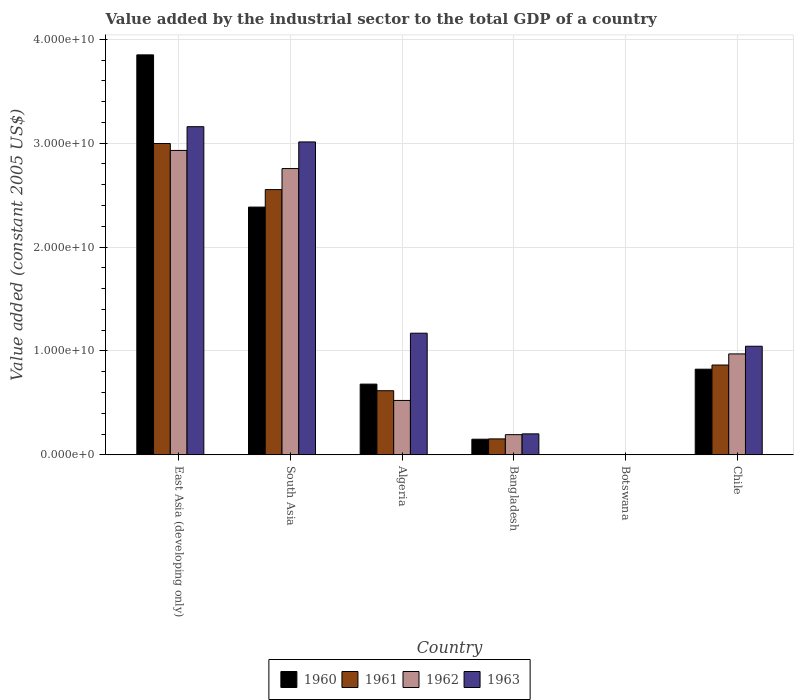
| Country | 1960 | 1961 | 1962 | 1963 |
 | --- | --- | --- | --- | --- |
 | East Asia (developing only) | 3.85e+10 | 3e+10 | 2.93e+10 | 3.16e+10 |
 | South Asia | 2.38e+10 | 2.55e+10 | 2.76e+10 | 3.01e+10 |
 | Algeria | 6.8e+09 | 6.17e+09 | 5.23e+09 | 1.17e+10 |
 | Bangladesh | 1.5e+09 | 1.53e+09 | 1.94e+09 | 2.01e+09 |
 | Botswana | 1.96e+07 | 1.92e+07 | 1.98e+07 | 1.83e+07 |
 | Chile | 8.24e+09 | 8.64e+09 | 9.71e+09 | 1.04e+10 |